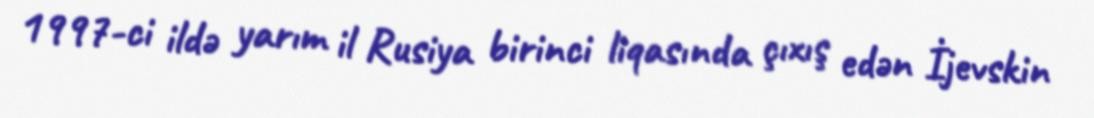
1997-ci ildə yarım il Rusiya birinci liqasında çıxış edən İjevskin